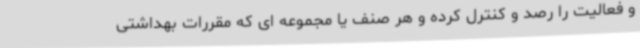
و فعالیت را رصد و کنترل کرده و هر صنف یا مجموعه ای که مقررات بهداشتی